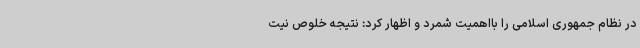
در نظام جمهوری اسلامی را بااهمیت شمرد و اظهار کرد: نتیجه خلوص نیت